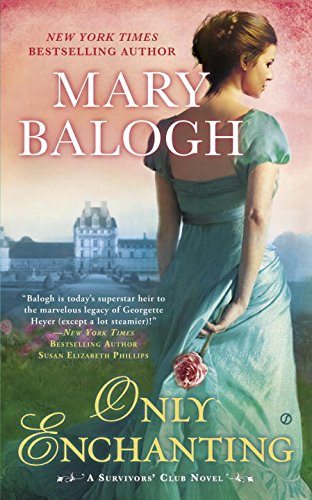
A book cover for Only Enchanting (Survivor's Club); Mary Balogh; Romance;